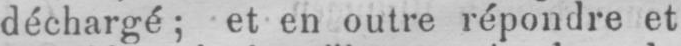
déchargé; et en outre répondre et